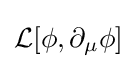
{\mathcal {L}}[\phi ,\partial _{\mu }\phi ]